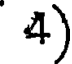
4)